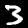
Label: 3